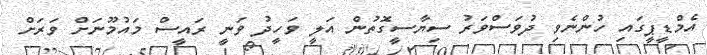
އެމްޑީޕީގައި ހުންނެވި ދުވަސްވަރު ސިޔާސީގޮތުން އަލީ ވަހީދު ވަނީ ރައީސް މައުމޫނަށް ވަރަށް